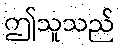
ဤသူသည်